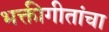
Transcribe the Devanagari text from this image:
भक्तीगीतांचा